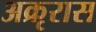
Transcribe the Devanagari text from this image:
अक्रृरास